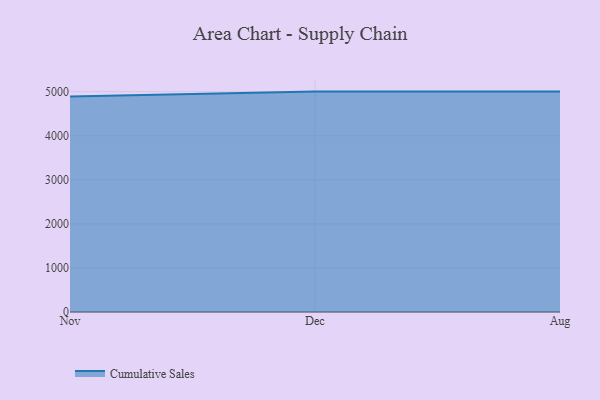
{"axis": {"x": "Month", "y": "Tickets Resolved"}, "legend": ["Cumulative Sales"], "data": [{"x": "Nov", "y": 4890.9, "type": "Cumulative Sales"}, {"x": "Dec", "y": 5000, "type": "Cumulative Sales"}, {"x": "Aug", "y": 5000, "type": "Cumulative Sales"}]}